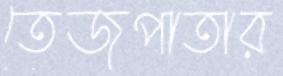
তেজপাতার